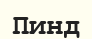
Пинд